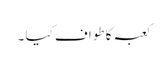
کعبہ کا طواف کیا ۔